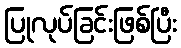
ပြုလုပ်ခြင်းဖြစ်ပြီး